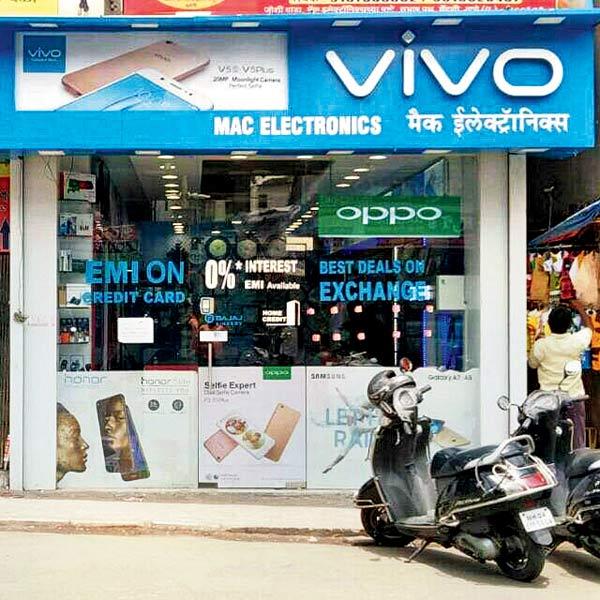
Language: marathi
Transcription: मैक इलेक्ट्रॉनिक्स